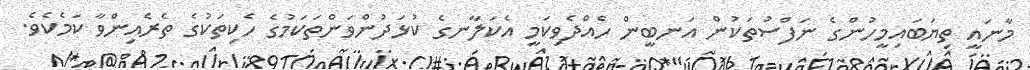
މާނައީ ތިޔަބައިމީހުންގެ ނަފްސުތަކުން އަނބީން ހެއްދެވިކަމީ އެކަލާނގެ ކުޅަދުންވަންތަކަމުގެ ހެކިތަކުގެ ތެރެއިންވާ ކަމެކެވެ.